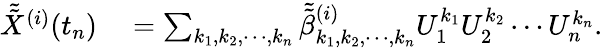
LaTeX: \begin{array}{rl}{\tilde{\tilde{X}}^{(i)}(t_{n})}&{{}=\sum_{k_{1},k_{2},\cdots,k_{n}}\tilde{\tilde{\beta}}_{k_{1},k_{2},\cdots,k_{n}}^{(i)}U_{1}^{k_{1}}U_{2}^{k_{2}}\cdots U_{n}^{k_{n}}.}\end{array}